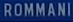
ROMMANI